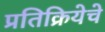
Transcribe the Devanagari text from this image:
प्रतिक्रियेचे